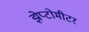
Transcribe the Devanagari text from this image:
झेप्टोमीटर